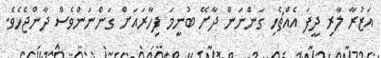
އަޒުރާ ލާރި ދީފަ އެއްޗެހި ގަންނަން ދާށޭ ބުނީމަ ފިހާރައަށް ގަންނަންވެސް ދާންޖެހެވެ.